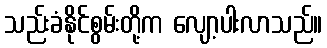
သည်းခံနိုင်စွမ်းတို့က လျော့ပါးလာသည်။